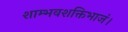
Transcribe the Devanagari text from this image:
शाम्भवशक्तिभाजं।